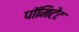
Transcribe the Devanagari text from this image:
पॉमिटेट